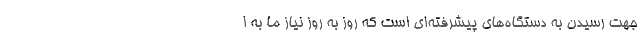
جهت رسیدن به دستگاه‌های پیشرفته‌ای است که روز به روز نیاز ما به ا